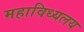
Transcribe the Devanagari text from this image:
महाविध्यलय